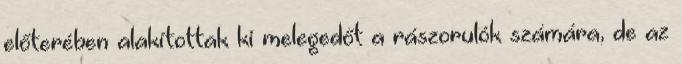
előterében alakítottak ki melegedőt a rászorulók számára, de az